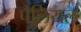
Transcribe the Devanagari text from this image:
पैलियल